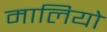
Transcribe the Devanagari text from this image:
मालियो